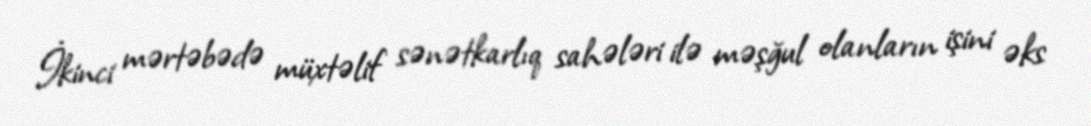
İkinci mərtəbədə müxtəlif sənətkarlıq sahələri ilə məşğul olanların işini əks